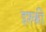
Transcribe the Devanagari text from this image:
इश्की